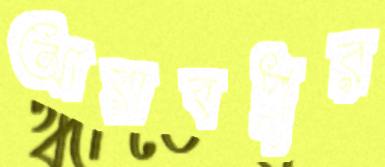
আরাবপুর